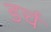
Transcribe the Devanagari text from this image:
डर्च